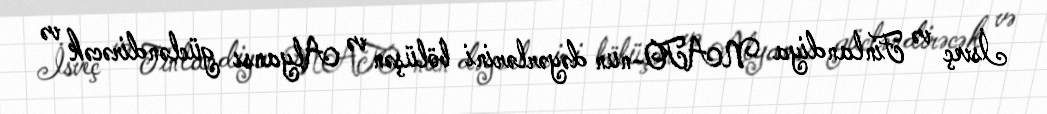
İsveç və Finlandiya NATO-nun dəyərlərini bölüşən və Alyansı gücləndirəcək və